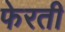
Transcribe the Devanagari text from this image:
फेरती